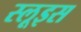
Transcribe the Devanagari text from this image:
स्लूइस